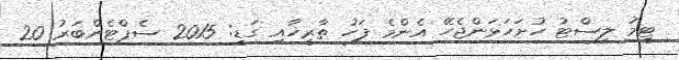
ޓީމު ލިސްޓު ހުށަހަޅަންޖެހޭ އެންމެ ފަހު ތާރީޚާއި ގަޑި: 2015 ސެޕްޓެންބަރު 20